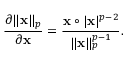
{ \frac { \partial \| \mathbf { x } \| _ { p } } { \partial \mathbf { x } } } = { \frac { \mathbf { x } \circ | \mathbf { x } | ^ { p - 2 } } { \| \mathbf { x } \| _ { p } ^ { p - 1 } } } .